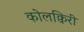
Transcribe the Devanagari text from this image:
कोलक्विरी